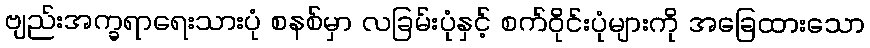
ဗျည်းအက္ခရာရေးသားပုံ စနစ်မှာ လခြမ်းပုံနှင့် စက်ဝိုင်းပုံများကို အခြေထားသော